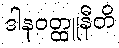
ဒါနဝတ္ထူနီတိ